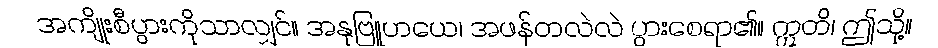
အကျိုးစီပွားကိုသာလျှင်။ အနုဗြူဟယေ၊ အဖန်တလဲလဲ ပွားစေရာ၏။ ဣတိ၊ ဤသို့။